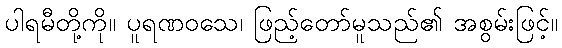
ပါရမီတို့ကို။ ပူရဏဝသေ၊ ဖြည့်တော်မူသည်၏ အစွမ်းဖြင့်။